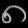
Digit: ၈